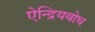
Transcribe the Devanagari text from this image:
ऐन्द्रियबोध